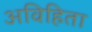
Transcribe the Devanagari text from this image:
अविहिता